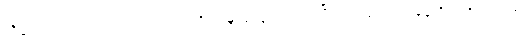
သီချင်းသံသည် တစ်ခါတစ်ရံ လေတိုးသံမျှ လျှော့ကျသွားပြီး တစ်ခါတစ်ရံ မုန်တိုင်းတိုက်သံလို